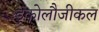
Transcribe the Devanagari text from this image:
इकोलौजीकल